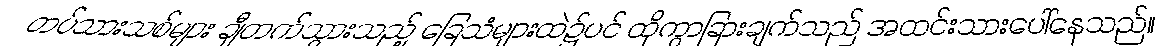
တပ်သားသစ်များ ချီတက်သွားသည့် ခြေသံများထဲ၌ပင် ထိုကွာခြားချက်သည် အထင်းသားပေါ်နေသည်။